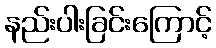
နည်းပါးခြင်းကြောင့်